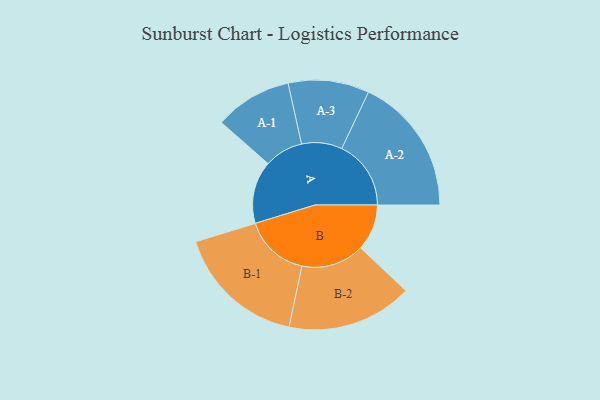
{"axis": {"x": "Segment", "y": "Value"}, "legend": ["", "A", "B"], "data": [{"x": "A", "y": 246, "type": ""}, {"x": "B", "y": 182, "type": ""}, {"x": "A-1", "y": 152, "type": "A"}, {"x": "A-2", "y": 272, "type": "A"}, {"x": "A-3", "y": 159, "type": "A"}, {"x": "B-1", "y": 256, "type": "B"}, {"x": "B-2", "y": 247, "type": "B"}]}